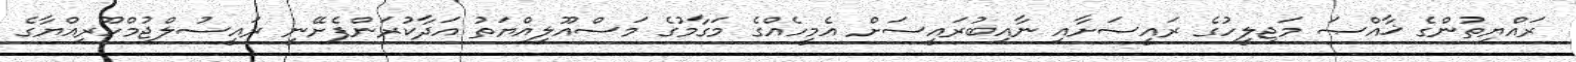
ރައްޔިތުންގެ ޚާއްޞަ މަޖިލީހުގެ ރައީސަށާއި ނާއިބުރައީސަށް އެމީހެއްގެ މަގާމުގެ މަސްއޫލިއްޔަތު އަދާކުރަންފެށޭނީ ރައީސުލްޖުމްހޫރިއްޔާގެ